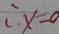
\therefore x = 0